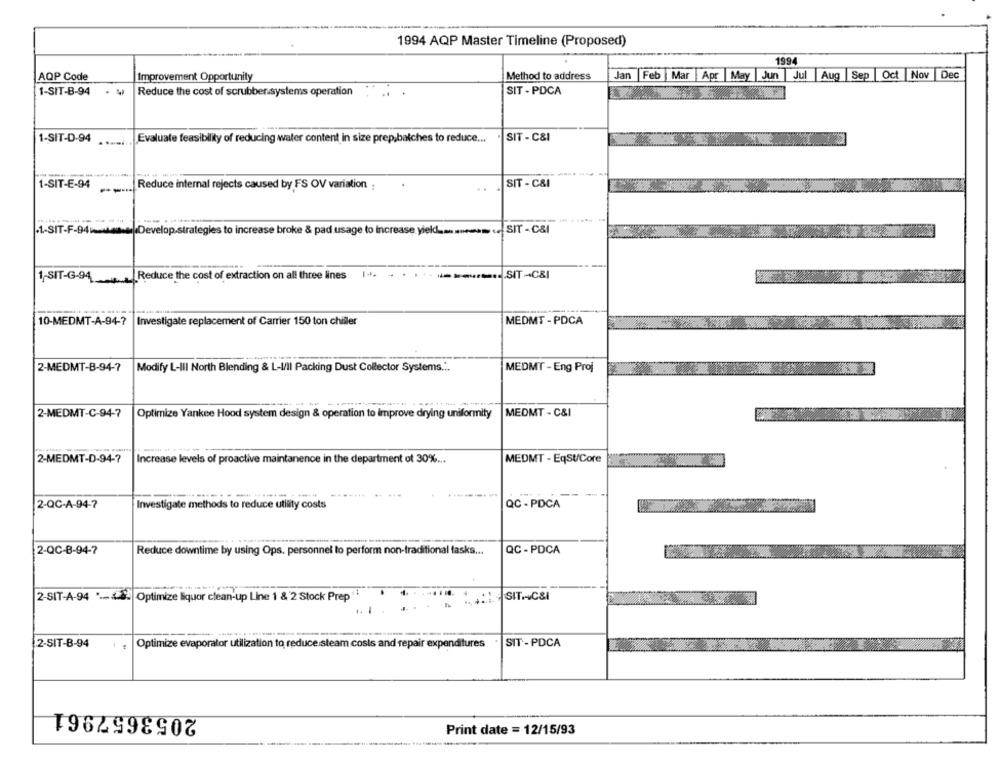
1994 AQP Master Timeline (Proposed)
1994
AQP Code
Improvement Opportunity
Method to address
Jan Feb Mar Apr |May Jun Jul Aug Sep Oct Nov
Dec
1-SIT-B-94
Reduce the cost of scrubbersystems operation
SIT - PDCA
1-SIT-D-94
. ....
Evaluate feasibility of reducing water content in size prep,batches to reduce ... . SIT - C&I
SIT - C&I
1-SIT-E-94
Reduce internal rejects caused by FS OV variation :
·1-SIT-F-94 Develop.strategies to increase broke & pad usage to increase yield ..... SIT - C&I
1.1 .
--------. SIT-C&I
1,SIT-G-94
... Reduce the cost of extraction on all three lines
10-MEDMT-A-94-7
Investigate replacement of Carrier 150 ton chiller
MEDMT - PDCA
2-MEDMT-B-94-7
Modify L-III North Blending & L-I/II Packing Dust Collector Systems.'.
MEDMT - Eng Proj
MEDMT - C&I
2-MEDMT-C-94-7
Optimize Yankee Hood system design & operation to improve drying uniformity
2-MEDMT-D-94-7
MEDMT - EqSU/Core
Increase levels of proactive maintanence in the department of 30% ...
2-QC-A-94-7
Investigate methods to reduce utisty costs
QC - PDCA
2-QC-8-94-7
Reduce downtime by using Ops. personnel to perform non-traditional tasks ...
QC - PDCA
2-SIT-A-94 .- 42|Optimize liquor clean-up Line 1 & 2 Stock Prep
.... SITI C&I
Optimize evaporator utilization to reduce steam costs and repair expenditures
SIT - PDCA
2-SIT-B-94
2053657961
Print date = 12/15/93